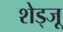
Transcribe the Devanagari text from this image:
शेड्जू